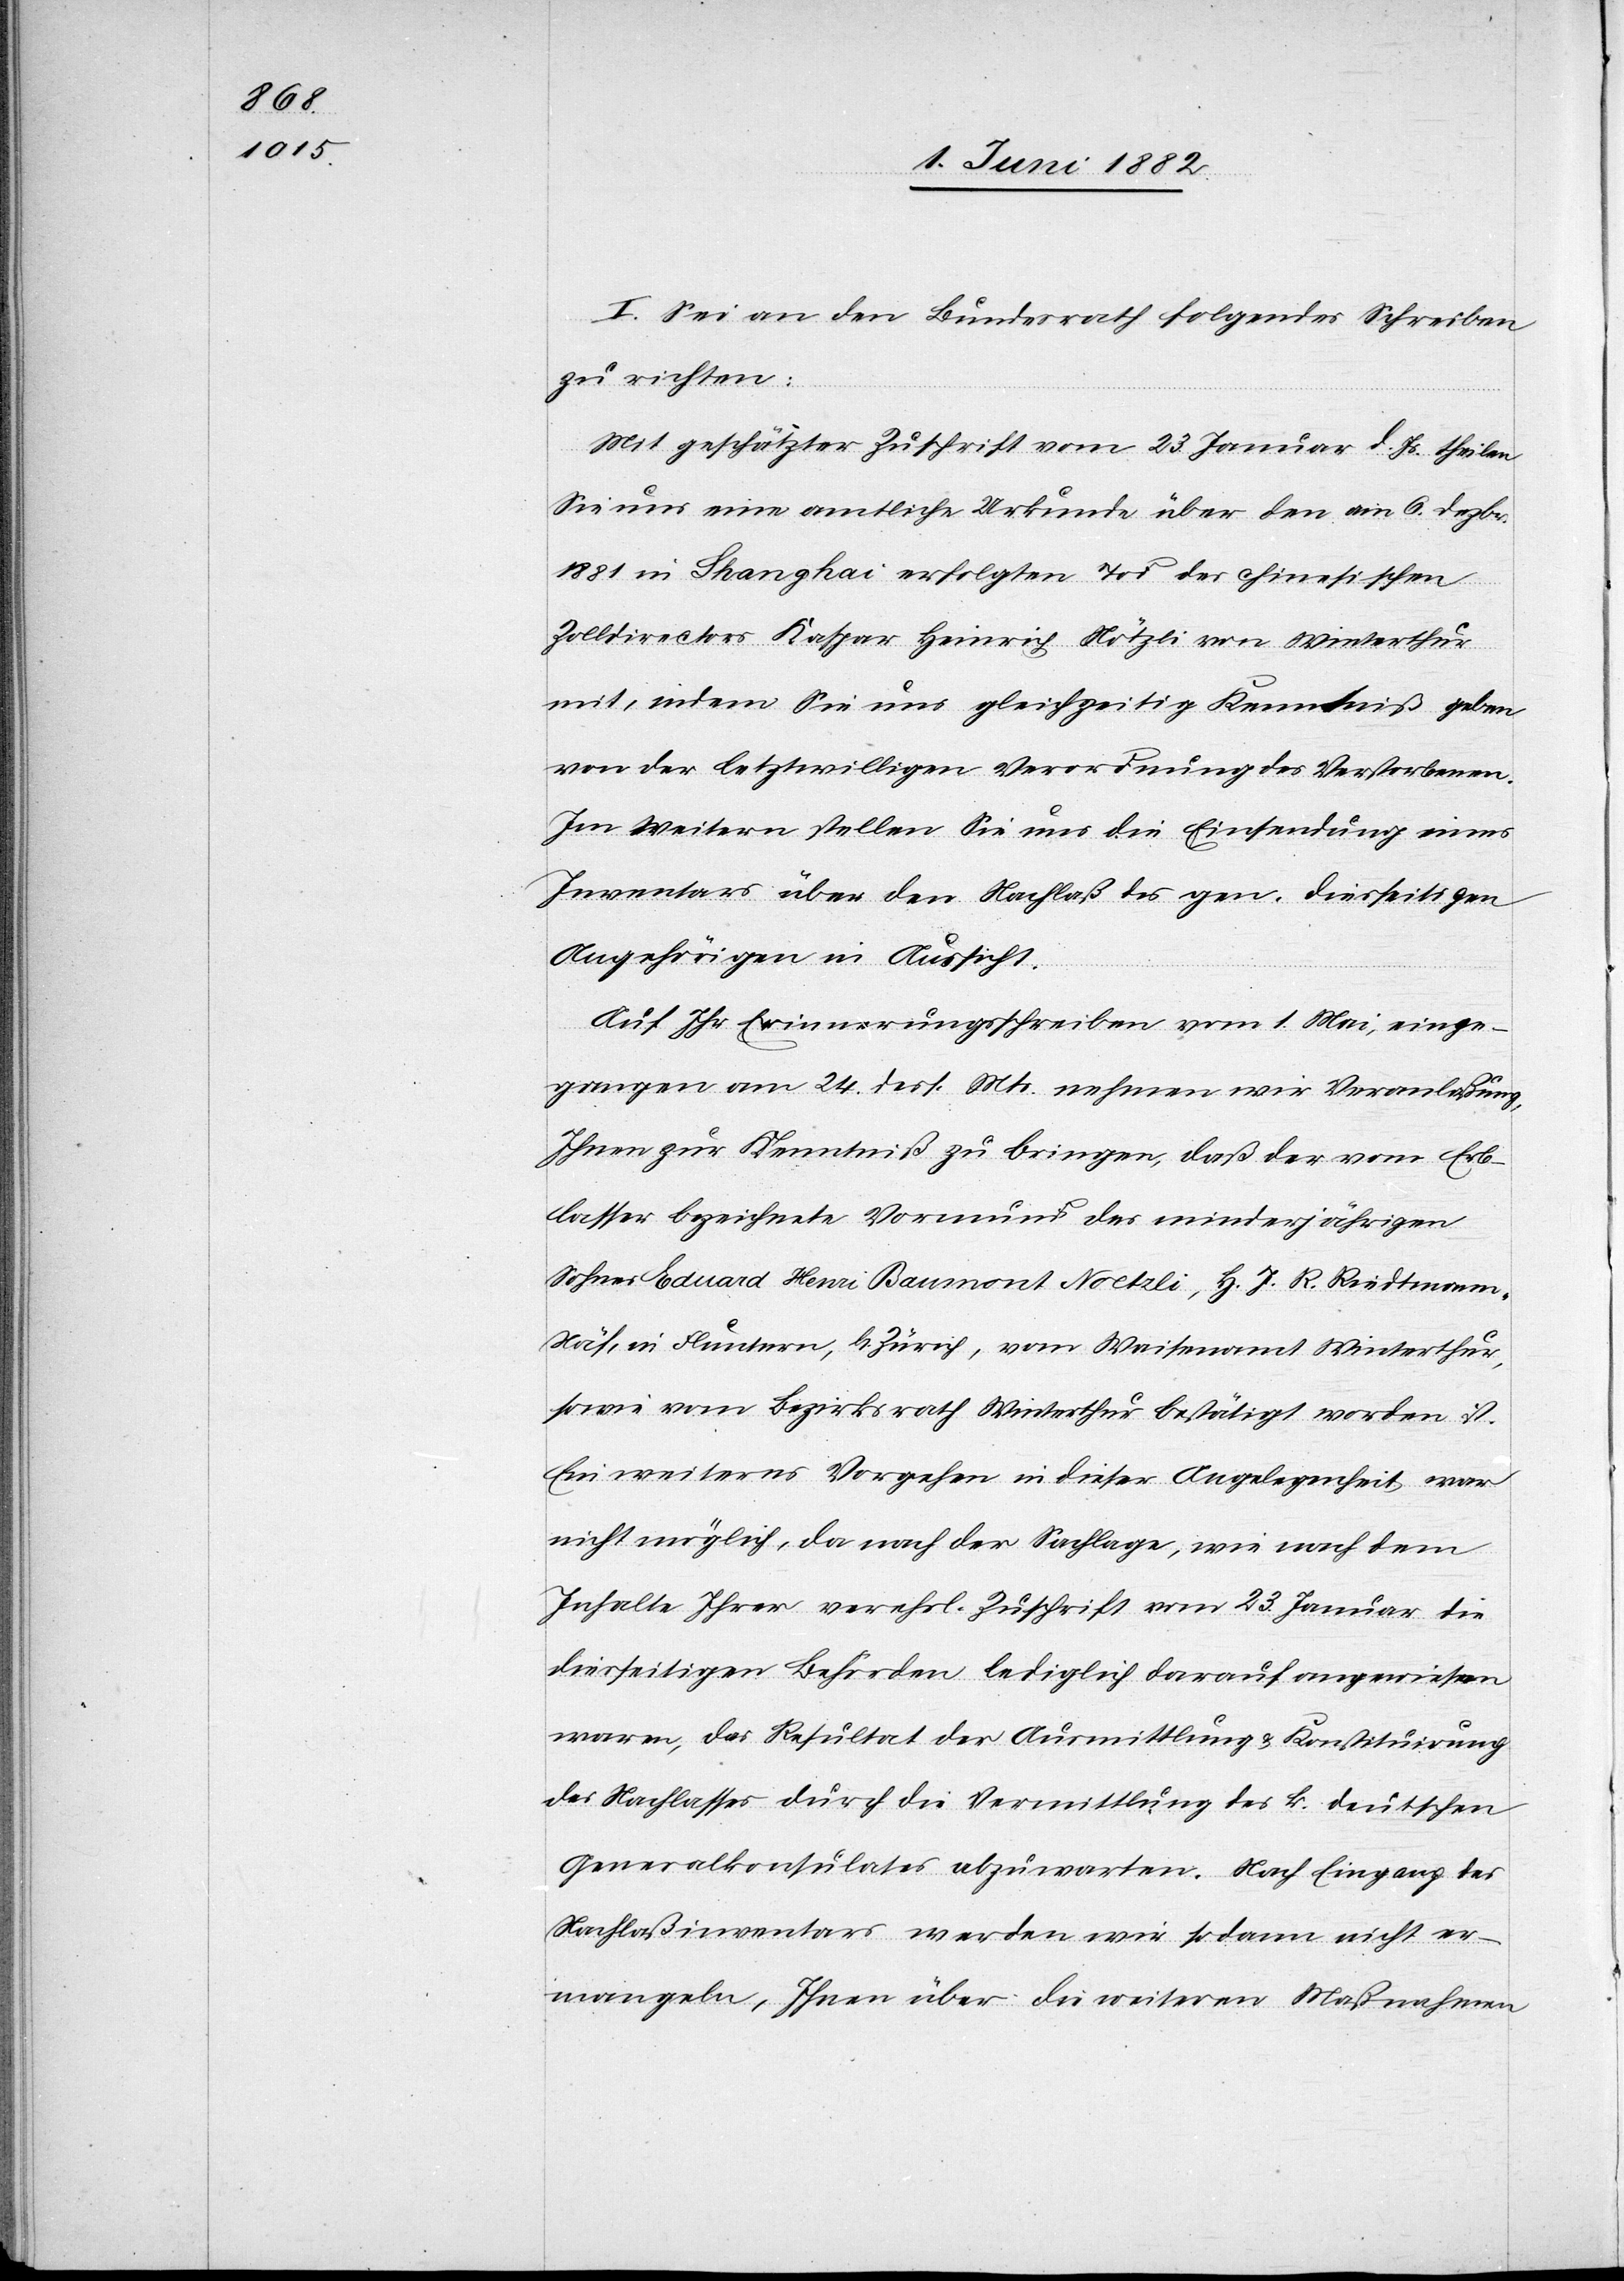
I. Sei an den Bundesrath folgendes Schreiben
zu richten:
„Mit geschätzter Zuschrift vom 23. Januar d. Js. theilen
Sie uns eine amtliche Urkunde über den am 6. Dezbr.
1881 in Shanghai erfolgten Tod des chinesischen
Zolldirectors Kaspar Heinrich Nötzli von Winterthur
mit, indem Sie uns gleichzeitig Kenntniß geben
von der letztwilligen Verordnung des Verstorbenen.
Im Weitern stellen Sie uns die Einsendung eines
Inventars über den Nachlaß des gen. diesseitigen
Angehörigen in Aussicht.
Auf Ihr Erinnerungsschreiben vom 1. Mai, einge¬
gangen am 24. dess. Mts. nehmen wir Veranlaßung,
Ihnen zur Kenntniß zu bringen, daß der vom Erb¬
lasser bezeichnete Vormund des minderjährigen
Sohnes Eduard Henri Baumont Noetzli, H. J. R. Riedtmann,
Näf, in Fluntern, b. Zürich, vom Waisenamt Winterthur,
sowie vom Bezirksrath Winterthur bestätigt worden ist.
Ein weiteres Vorgehen in dieser Angelegenheit war
nicht möglich, da nach der Sachlage, wie nach dem
Inhalte Ihrer verehrl. Zuschrift vom 23. Januar die
diesseitigen Behörden lediglich darauf angewiesen
waren, das Resultat der Ausmittlung & Konstituirung
des Nachlasses durch die Vermittlung des k. deutschen
Generalkonsulates abzuwarten. Nach Eingang des
Nachlaßinventars werden wir sodann nicht er¬
mangeln, Ihnen über die weitern Maßnahmen